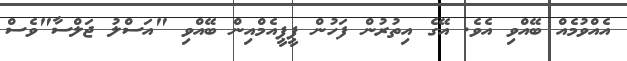
އެއްވުމެއް ބޭއްވި އެވެ. އޭގެ އިތުރުން ފަހުން ޕީޕީއެމްއިން ބޭއްވި "އަސްލު ޖަލްސާ"ވެސް